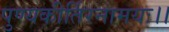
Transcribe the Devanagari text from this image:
पुण्यकीर्तिरनामयः।।